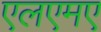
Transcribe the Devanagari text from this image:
एलएमए